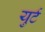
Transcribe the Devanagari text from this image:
युर्ट